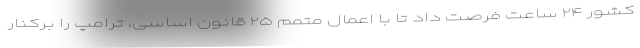
کشور ۲۴ ساعت فرصت داد تا با اعمال متمم ۲۵ قانون اساسی، ترامپ را برکنار